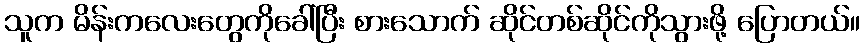
သူက မိန်းကလေးတွေကိုခေါ်ပြီး စားသောက် ဆိုင်တစ်ဆိုင်ကိုသွားဖို့ ပြောတယ်။